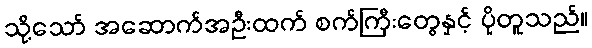
သို့သော် အဆောက်အဦးထက် စက်ကြီးတွေနှင့် ပိုတူသည်။